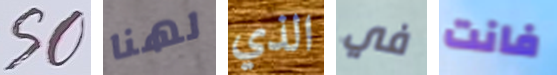
SO لهنا الذي في فانت